342_HS1-416511228_319.1 Flying Discs 1949
Agency: Department of War
Incident date: 1/9/50
Page 61
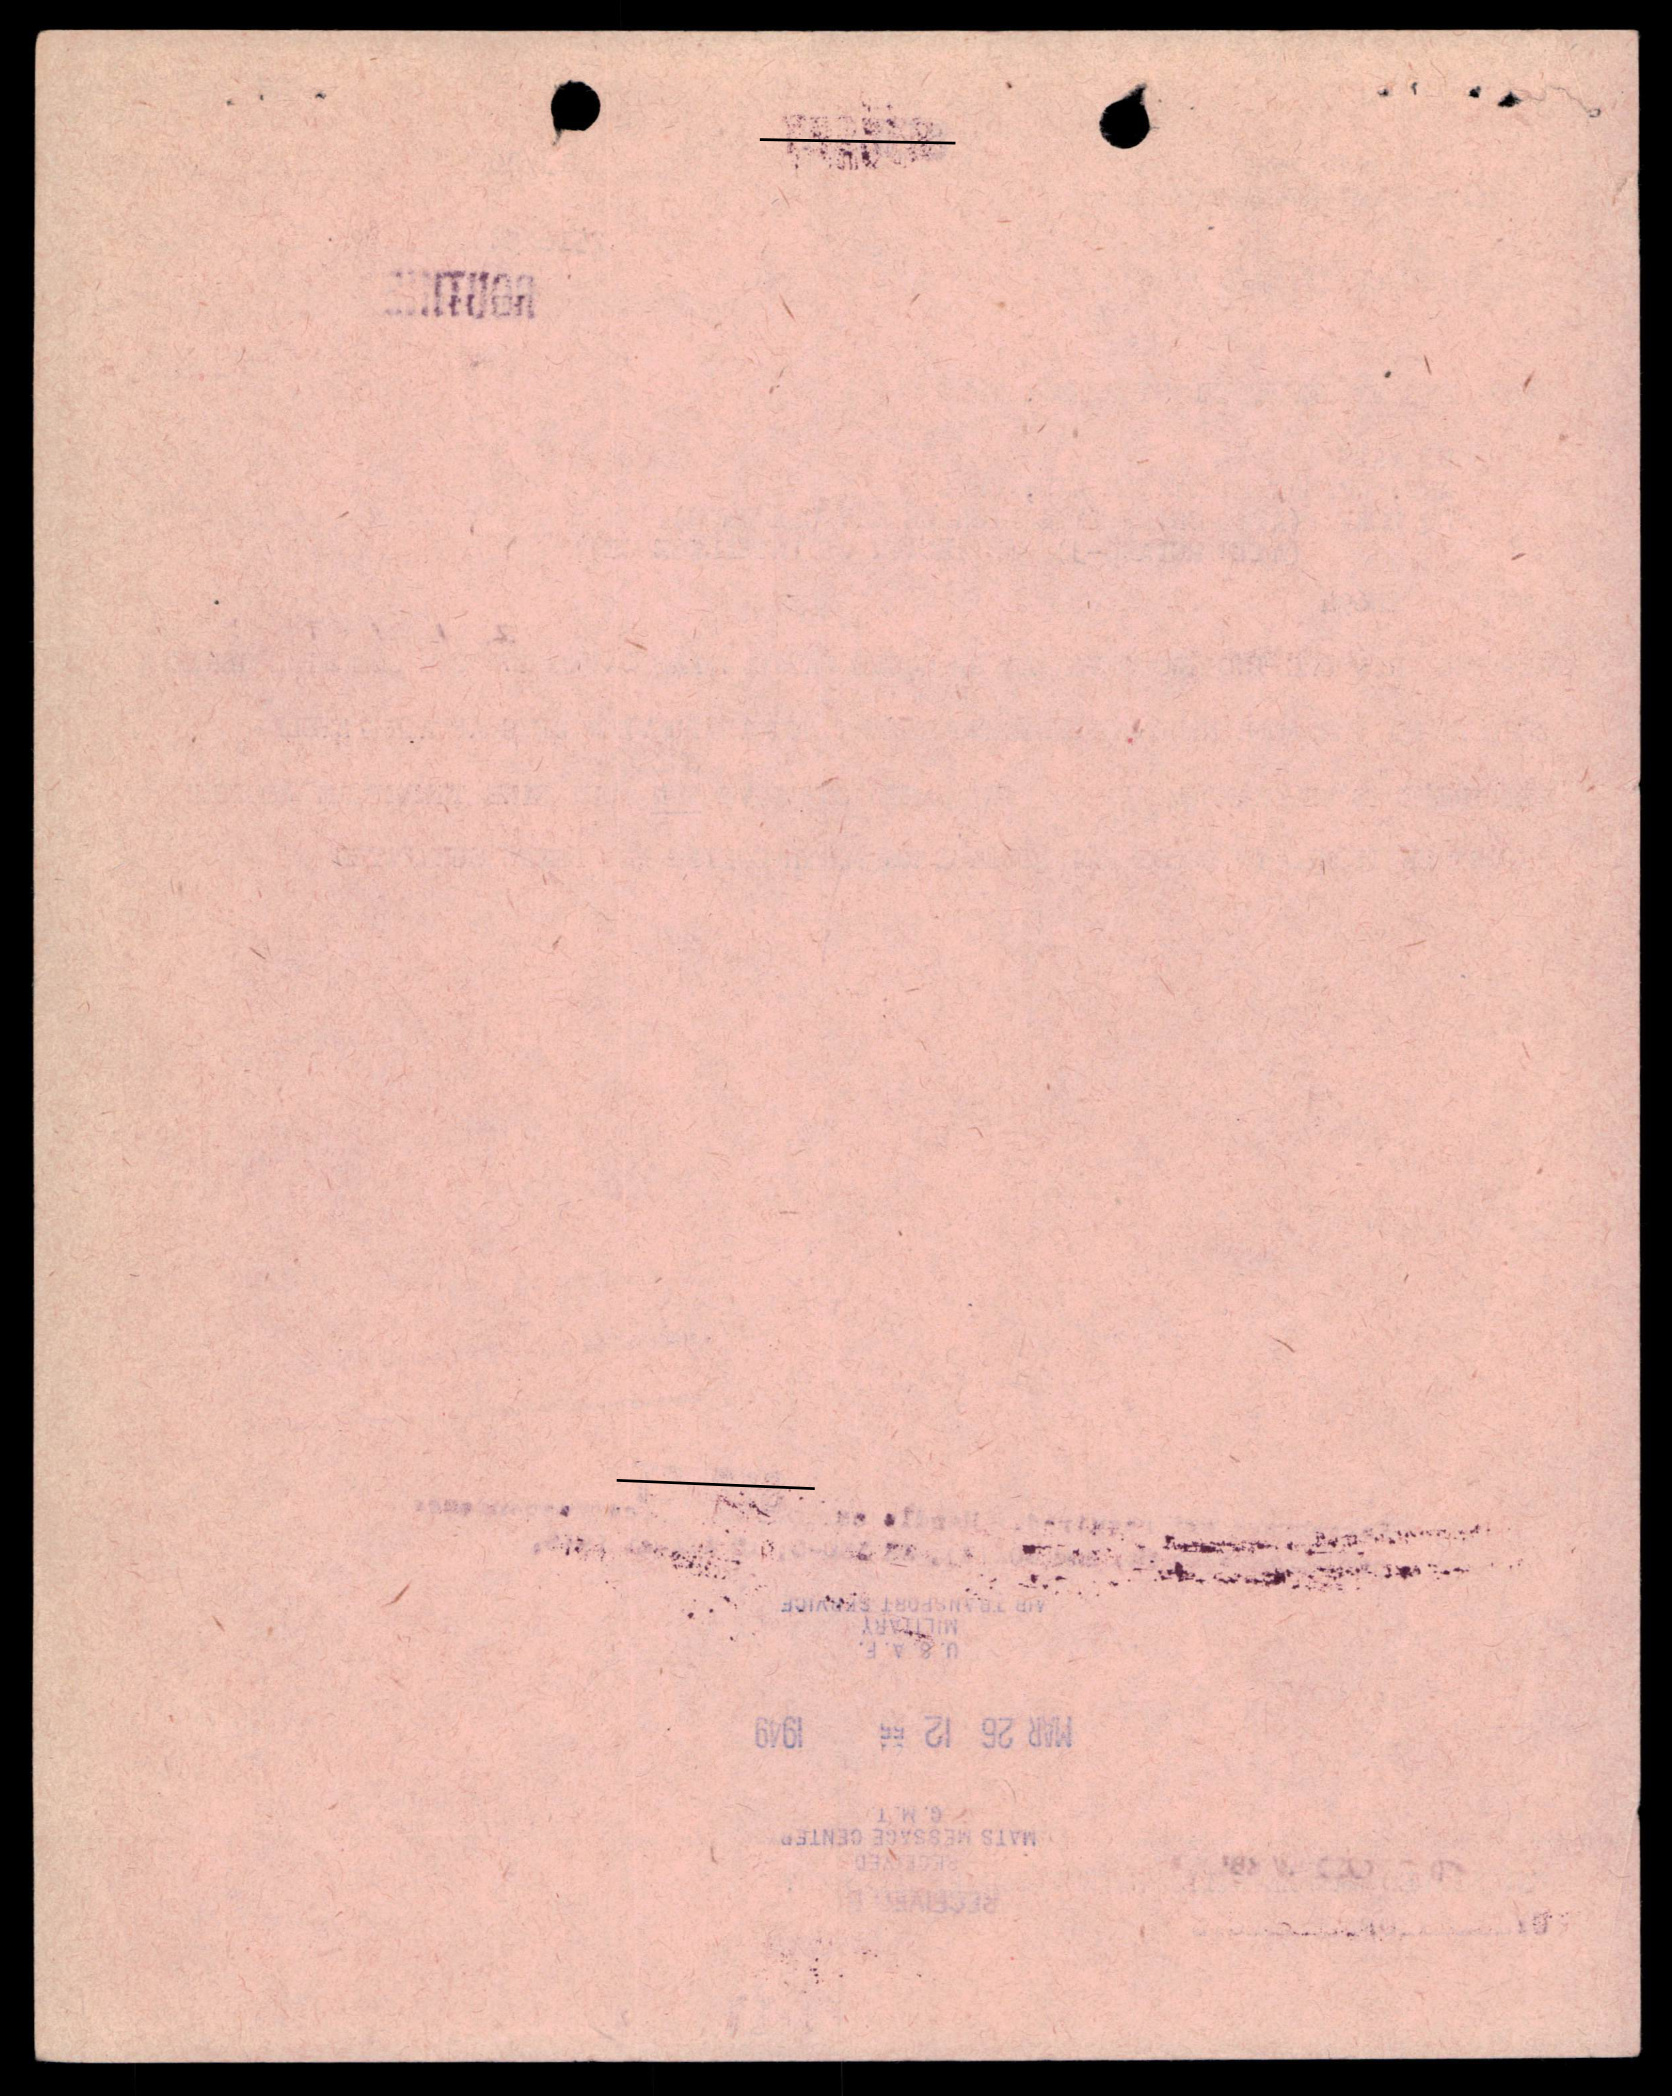